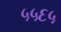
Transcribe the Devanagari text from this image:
५५६५